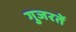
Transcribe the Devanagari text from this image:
गुजरतें